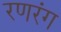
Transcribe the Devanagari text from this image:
रणरंग